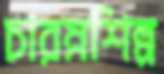
চারম্নশিল্প